Indian journal of veterinary science and animal husbandry - Volume 13,
Year: 1943
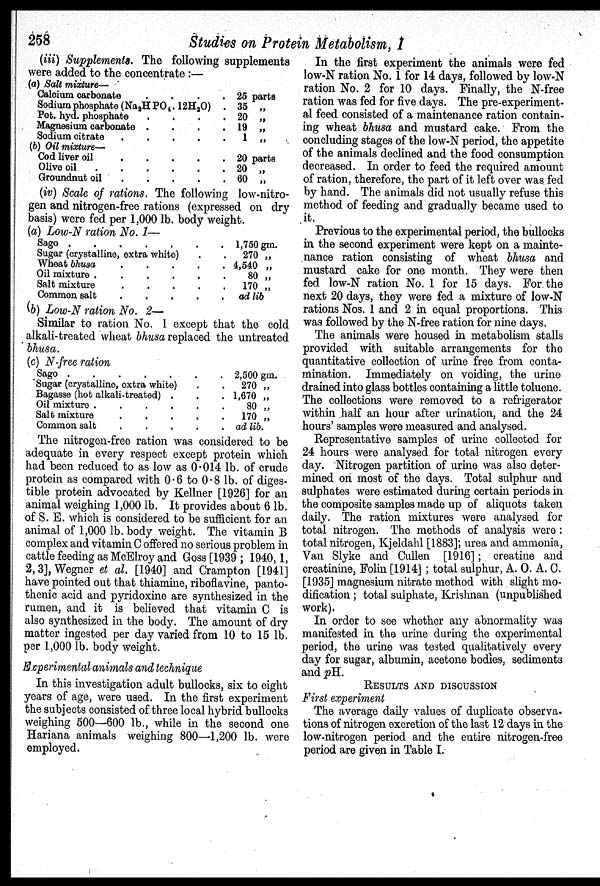
258
Studies on Protein Metabolism, I
(iii) Supplements. The following supplements
were added to the concentrate :—
(a) Salt mixture—
Calcium carbonate
.
.
.
.
Sodium phosphate (Na 2 H PO 4 .12H 2 O) .
Pot. hyd. phosphate
.
.
.
.
Magnesium carbonate .
.
.
.
Sodium citrate
.
.
.
.
.
(b) Oil mixture—
Cod liver oil
.
.
.
.
Olive oil . . . . .
Groundnut oil
.
.
.
.
.
25 parts
35 „
20 „
19 „
1 „
20 parts
20 „
60 „
(iv) Scale of rations. The following low-nitro-
gen and nitrogen-free rations (expressed on dry
basis) were fed per 1,000 lb. body weight.
(a) Low-N ration No. 1—
Sago .
.
.
.
.
.
.
Sugar (crystalline, extra white)
Wheat bhusa
.
.
.
.
.
Oil mixture
.
.
.
.
.
Salt mixture
.
.
.
.
.
Common salt
1,750 gm.
270 „
4,540 „
80 „
170 „
ad lib
(b) Low-N ration No. 2—
Similar to ration No. 1 except that the cold
alkali-treated wheat bhusa replaced the untreated
bhusa.
(c) N-free ration
Sago
Sugar (crystalline, extra white)
Bagasse (hot alkali-treated) .
Oil mixture .
.
.
.
.
.
Salt mixture
.
Common salt
.
2,500 gm.
270 „
1,670 „
80 „
170 „
ad lib.
The nitrogen-free ration was considered to be
adequate in every respect except protein which
had been reduced to as low as 0.014 lb. of crude
protein as compared with 0.6 to 0.8 lb. of diges-
tible protein advocated by Kellner [1926] for an
animal weighing 1,000 lb. It provides about 6 lb.
of S. E. which is considered to be sufficient for an
animal of 1,000 lb. body weight. The vitamin B
complex and vitamin C offered no serious problem in
cattle feeding as McElroy and Goss [1939; 1940, 1,
2, 3], Wegner et al. [1940] and Crampton [1941]
have pointed out that thiamine, riboflavine, panto-
thenic acid and pyridoxine are synthesized in the
rumen, and it is believed that vitamin C is
also synthesized in the body. The amount of dry
matter ingested per day varied from 10 to 15 lb.
per 1,000 lb. body weight.
Experimental animals and technique
In this investigation adult bullocks, six to eight
years of age, were used. In the first experiment
the subjects consisted of three local hybrid bullocks
weighing 500—600 lb., while in the second one
Hariana animals weighing 800—1,200 lb. were
employed.
In the first experiment the animals were fed
low-N ration No. 1 for 14 days, followed by low-N
ration No. 2 for 10 days. Finally, the N-free
ration was fed for five days. The pre-experiment-
al feed consisted of a maintenance ration contain-
ing wheat bhusa and mustard cake. From the
concluding stages of the low-N period, the appetite
of the animals declined and the food consumption
decreased. In order to feed the required amount
of ration, therefore, the part of it left over was fed
by hand. The animals did not usually refuse this
method of feeding and gradually became used to
it.
Previous to the experimental period, the bullocks
in the second experiment were kept on a mainte-
nance ration consisting of wheat bhusa and
mustard cake for one month. They were then
fed low-N ration No. 1 for 15 days. For the
next 20 days, they were fed a mixture of low-N
rations Nos. 1 and 2 in equal proportions. This
was followed by the N-free ration for nine days.
The animals were housed in metabolism stalls
provided with suitable arrangements for the
quantitative collection of urine free from conta-
mination. Immediately on voiding, the urine
drained into glass bottles containing a little toluene.
The collections were removed to a refrigerator
within half an hour after urination, and the 24
hours' samples were measured and analysed.
Representative samples of urine collected for
24 hours were analysed for total nitrogen every
day. Nitrogen partition of urine was also deter-
mined on most of the days. Total sulphur and
sulphates were estimated during certain periods in
the composite samples made up of aliquots taken
daily. The ration mixtures were analysed for
total nitrogen. The methods of analysis were:
total nitrogen, Kjeldahl [1883]; urea and ammonia,
Van Slyke and Cullen [1916]; creatine and
creatinine, Folin [1914]; total sulphur, A. O. A. C.
[1935] magnesium nitrate method with slight mo-
dification; total sulphate, Krishnan (unpublished
work).
In order to see whether any abnormality was
manifested in the urine during the experimental
period, the urine was tested qualitatively every
day for sugar, albumin, acetone bodies, sediments
and pH.
RESULTS AND DISCUSSION
First experiment
The average daily values of duplicate observa-
tions of nitrogen excretion of the last 12 days in the
low-nitrogen period and the entire nitrogen-free
period are given in Table I.